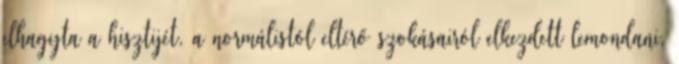
elhagyta a hisztijét, a normálistól eltérő szokásairól elkezdett lemondani,